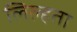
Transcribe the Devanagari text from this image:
लिल्हता